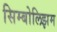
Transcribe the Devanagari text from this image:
सिम्बोलिझम